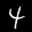
Label: 4